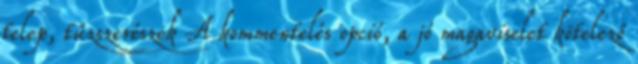
telep, tűzszerészek A kommentelés opció, a jó magaviselet kötelező